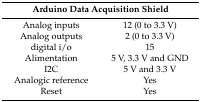
| <COLSPAN=2> Arduino Data Acquisition Shield |
 | --- | --- |
 | Analog inputs | 12 (0 to 3.3 V) |
 | Analog outputs | 2 (0 to 3.3 V) |
 | digital i/o | 15 |
 | Alimentation | 5 V, 3.3 V and GND |
 | I2C | 5 V and 3.3 V |
 | Analogic reference | Yes |
 | Reset | Yes |